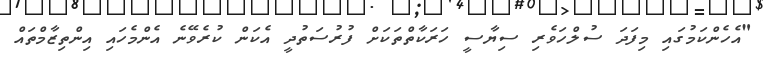
"އެހެންކަމުގައި މިފަދަ ސުލްހަވެރި ސިޔާސީ ހަރަކާތްތަކަށް ފުރުސަތުދީ އެކަން ކުރެވޭނެ އެންމެހައި އިންތިޒާމްތައް